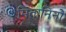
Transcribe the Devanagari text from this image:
मितानिनों